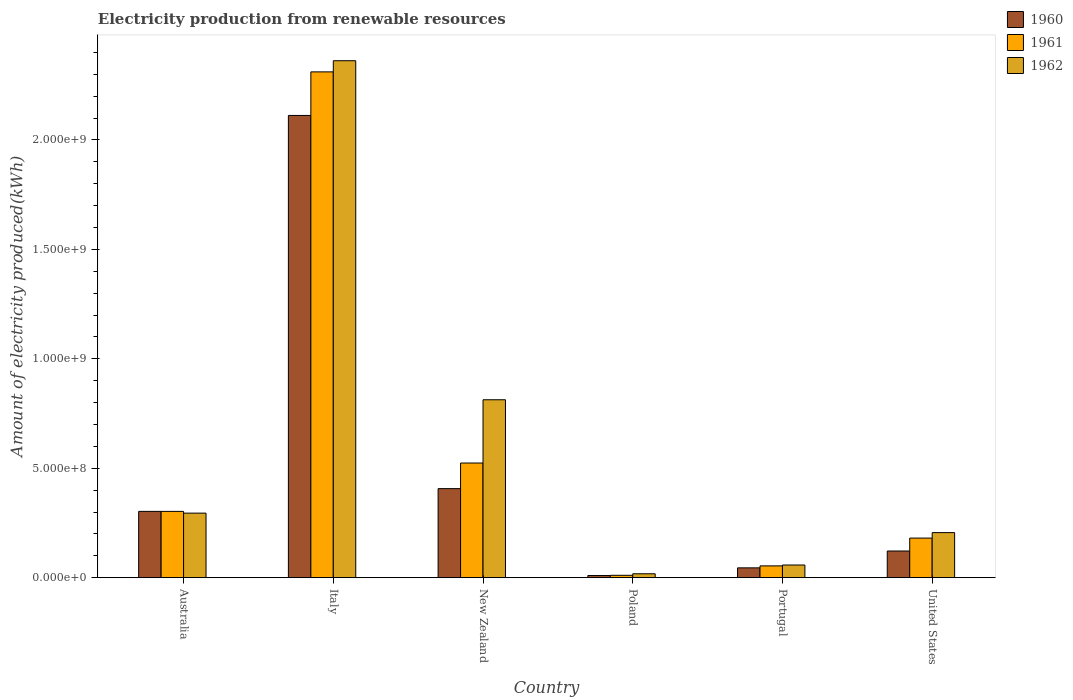
| Country | 1960 | 1961 | 1962 |
 | --- | --- | --- | --- |
 | Australia | 3.03e+08 | 3.03e+08 | 2.95e+08 |
 | Italy | 2.11e+09 | 2.31e+09 | 2.36e+09 |
 | New Zealand | 4.07e+08 | 5.24e+08 | 8.13e+08 |
 | Poland | 1e+07 | 1.1e+07 | 1.8e+07 |
 | Portugal | 4.5e+07 | 5.4e+07 | 5.8e+07 |
 | United States | 1.22e+08 | 1.81e+08 | 2.06e+08 |